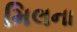
મિલના